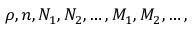
\rho , n , N _ { 1 } , N _ { 2 } , \ldots , M _ { 1 } , M _ { 2 } , \ldots ,